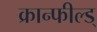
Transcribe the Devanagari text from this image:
क्रान्फील्ड्